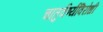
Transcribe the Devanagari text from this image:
चातुर्वर्ण्यविरोधी